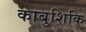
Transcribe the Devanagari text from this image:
काबुशिकि